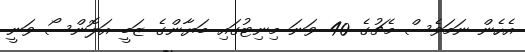
އެހެން ނަމަވެސް މެޗުގެ 40 ވަނަ މިނިޓުގައި ބަޔާންގެ ޒަބީ އަލޮންސޯ ވަނީ